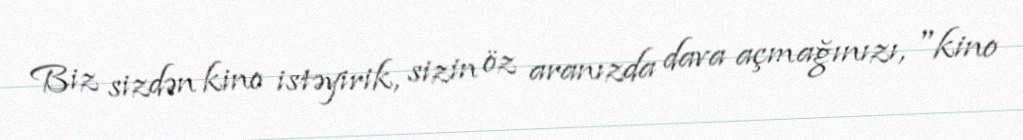
Biz sizdən kino istəyirik, sizin öz aranızda dava açmağınızı, "kino